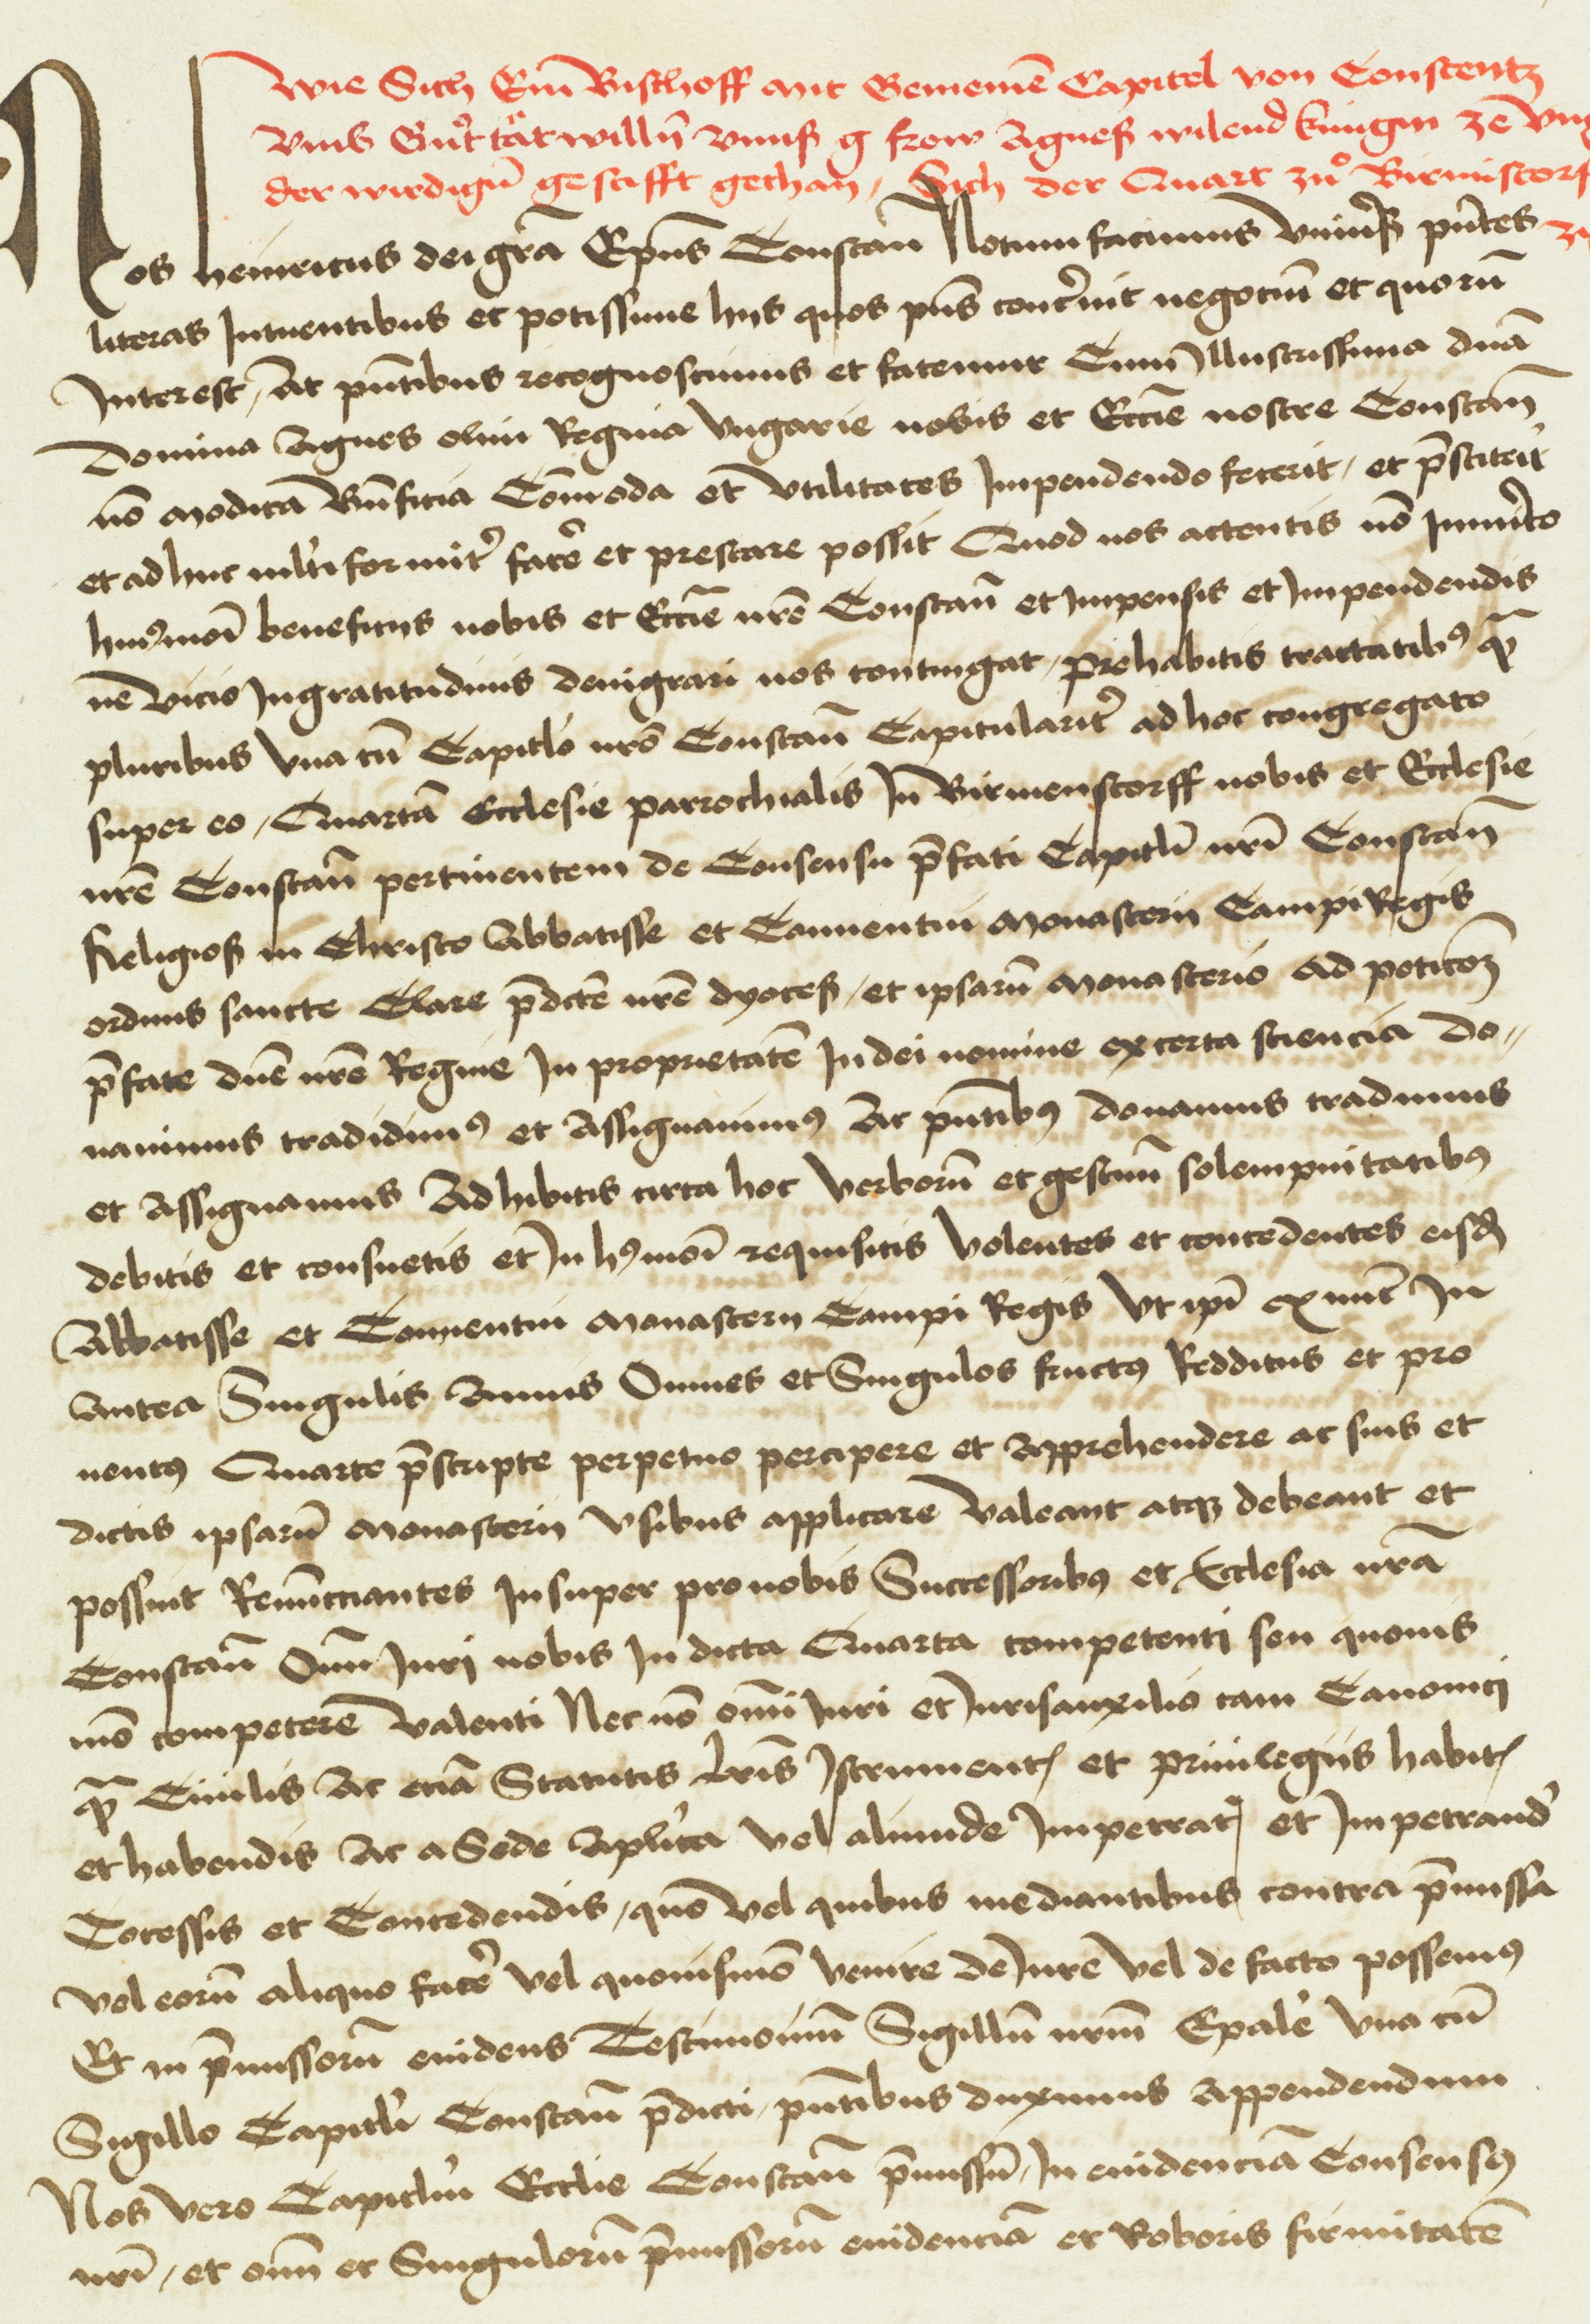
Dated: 1404–1500